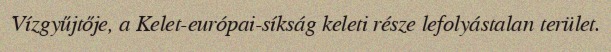
Vízgyűjtője, a Kelet-európai-síkság keleti része lefolyástalan terület.